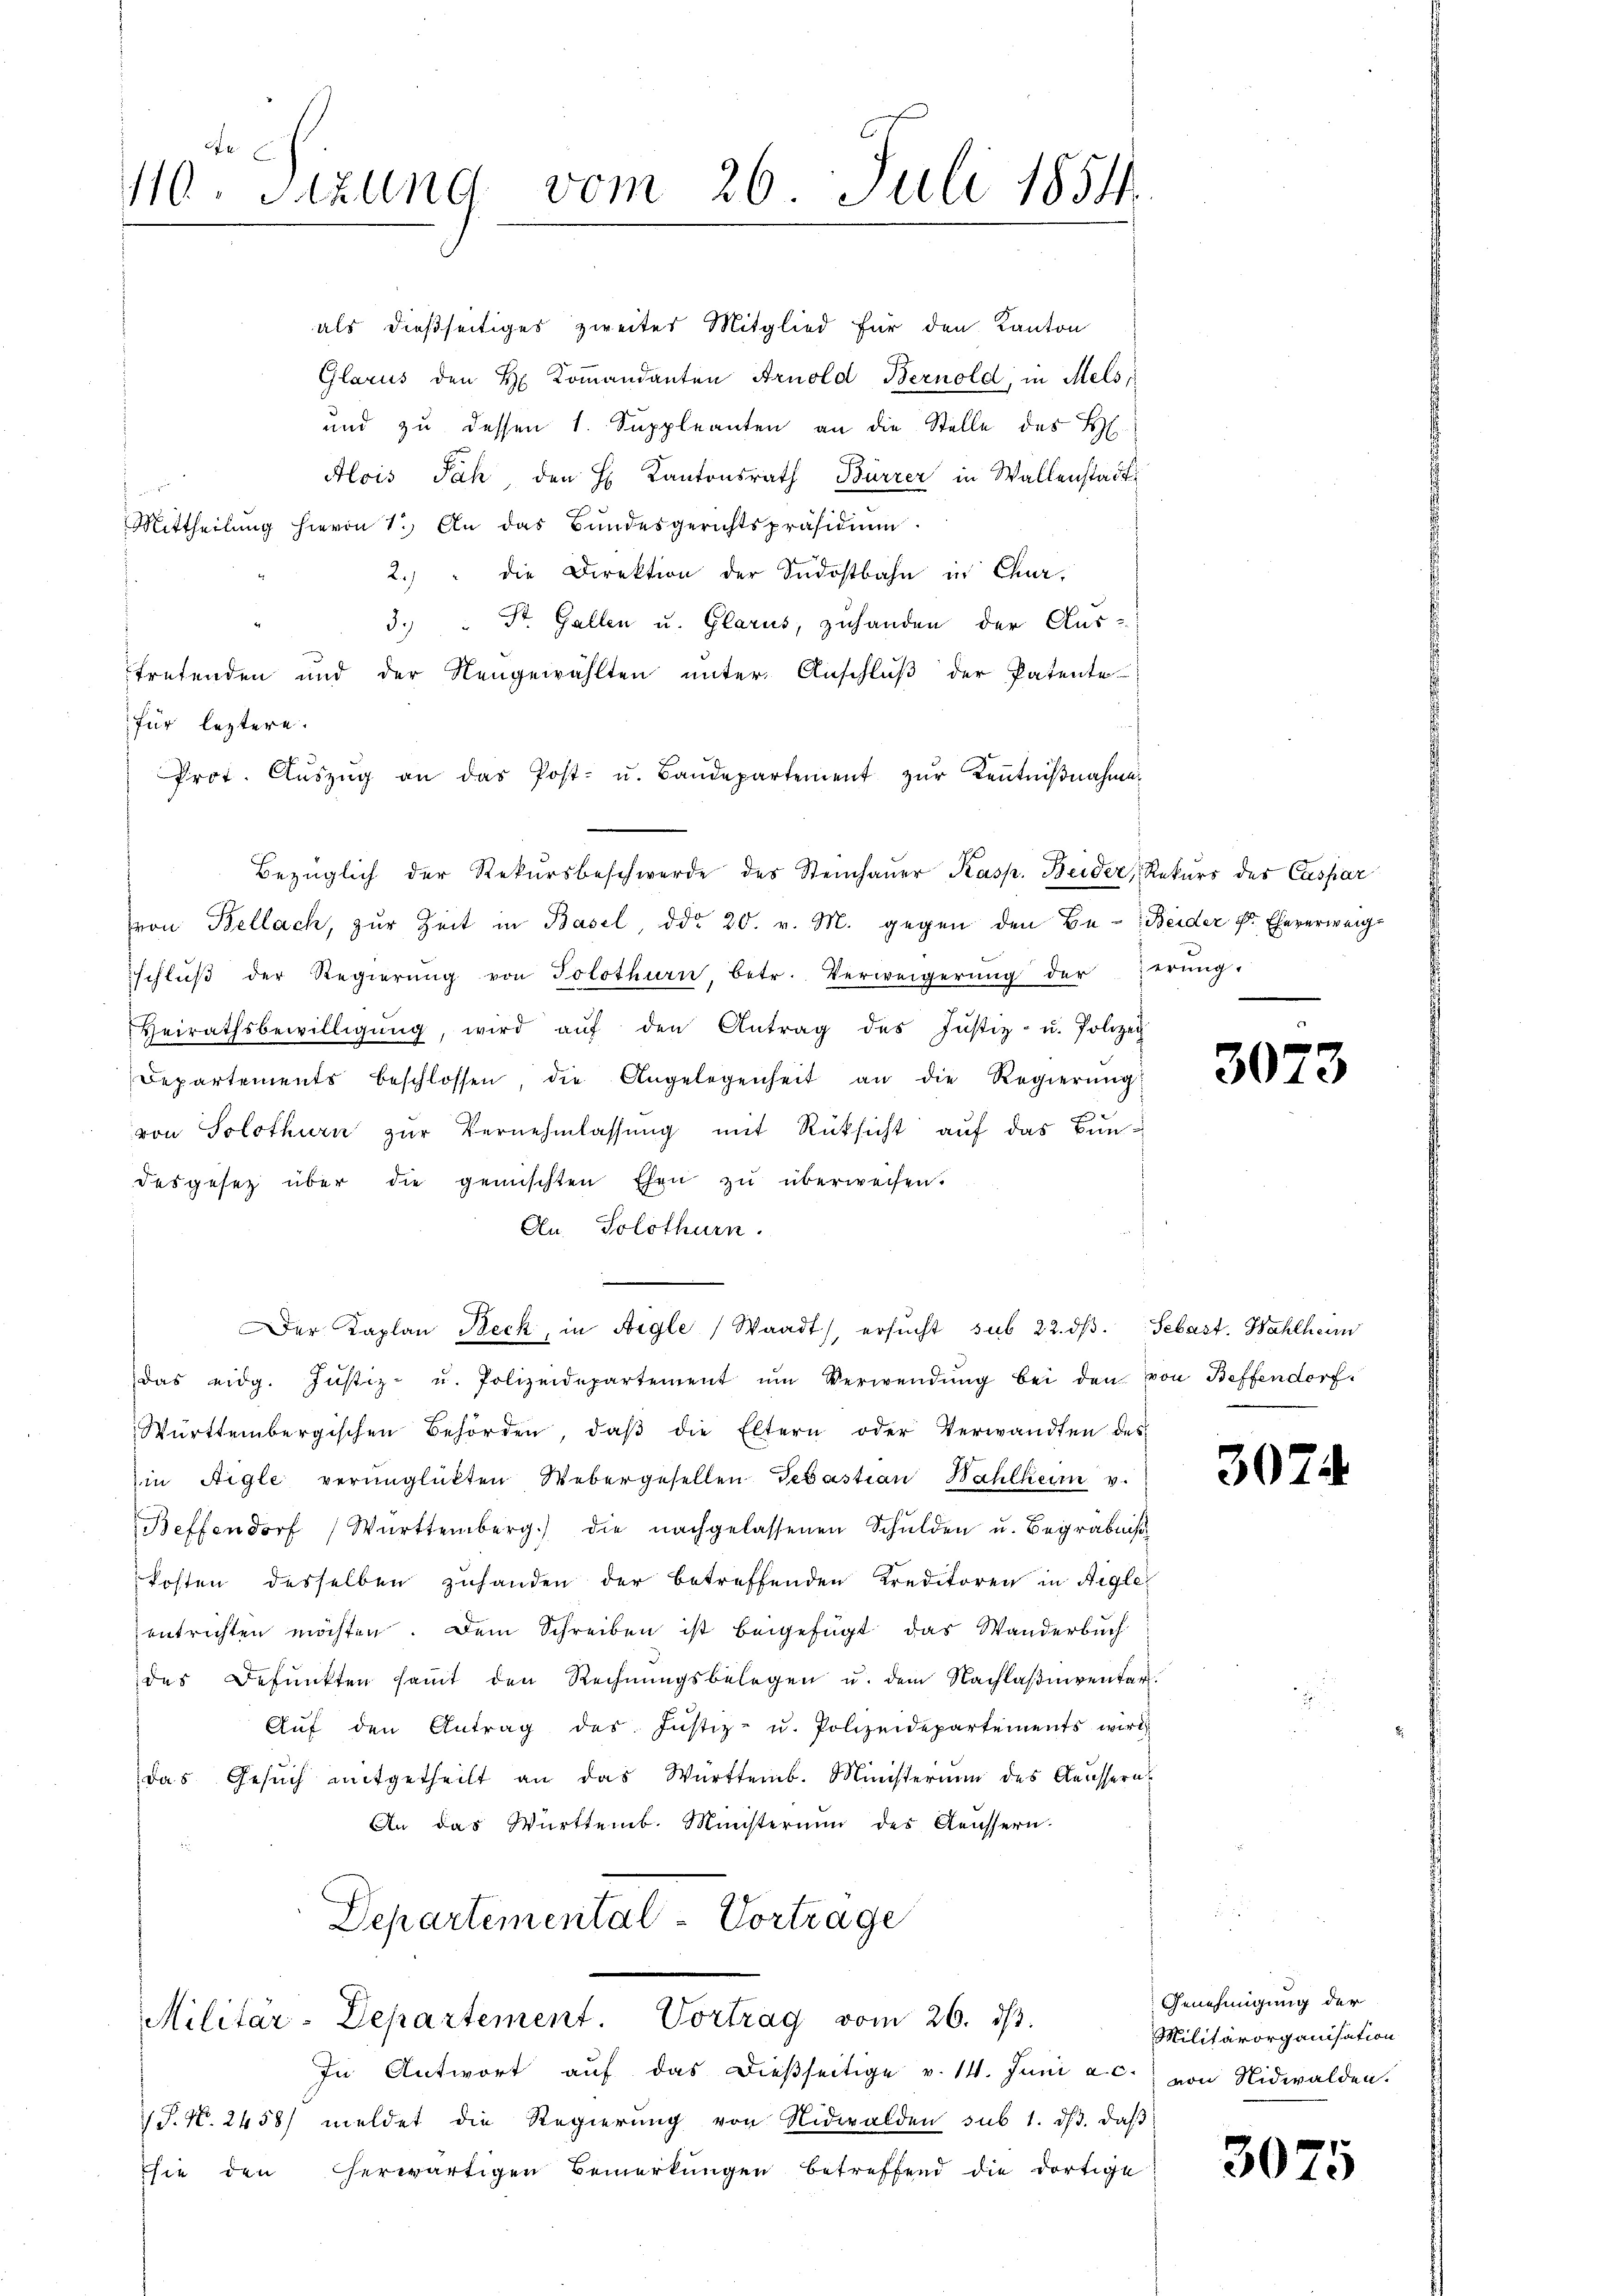
110. Sizung vom 26. Juli 1854.

als dießseitiges zweites Mitglied für den Kanton
Glarus den H: Kommandanten Arnold Bernold, in Mels,
und zu dessen 1. Suppleanten an die Stelle des H.
Alois Pah, den H. Kantonsrath Bürrer in Wallenstadt
Mittheilŭng hievon 1. An das Bundesgerichtspräsidiŭm
2.) " die Direktion der Südostbahn in Chur,
3. " Dr. Gallen u. Glarus, zuhanden der Aus-
tretenden und der Neugewählten unter Anschluß der Patente
für leztere.
Prot. Aŭszŭg an das Post- u. Bandepartement zŭr Kenntniβnahmen
Bezüglich der Rekŭrsbeschwerde des Steinhaŭer Kasp. Beider, Rekurs des Caspar
von Bellach, zur Zeit in Basel, ddo 20. v. M. gegen den Be- Beider Fr. Eheverweig-
schlŭβ der Regierŭng von Solothurn, betr. Verweigerŭng der Zerŭng-
Heirathsbewilligŭng, wird aŭf den Antrag des Justiz- u. Polizei
Departements beschlossen die Angelegenheit an die Regierŭng:
von Solothurn zur Vernehmlassung mit Rücksicht auf das Bundesgesetz über die gemischten Ehen zŭ überweisen.
An. Solothurn.
Der Kaplan Beck, in Aigle, Waadt) ersŭcht sub 22. dβ. Sebast. Wahlheim
das eidg. Jŭstiz- u. Polizeidepartement ŭm Verwendŭng bei den von Beffendorf.
Württembergischen Behörden, daβ die Eltern oder Verwandten des
in Aigle verunglückten Webergesellen Gebastian Wahlkamm v.
Beffendorf Württemberg) die nachgelassenen Schŭlden u. Begräbniβ
kosten desselben zuhanden der betreffenden Kreditoren in Aigle
entrichten möchten. Dem Schreiben ist beigefügt das Wanderbuch
des Befŭnkten saṁt den Rechnŭngsbelegen u. dem Nachlaβnventar.
Aŭf den Antrag des Jŭstiz- u. Polizeidepartements wird
das Gesŭch mitgetheilt an das Württemb. Ministerium des Aeussern
An das Württemb. Ministerium des Aeussern.
Departemental-Vortrage
Militär-Departement. Vortrag vom 26. dβ.
In Antwort auf das dießseitige v. 14. Juni a. c. von Nidwalden.
J. N. 2458/ meldet die Regierŭng von Nidwalden sub 1. dβ. daβ
sie den herwärtigen Bemerkungen betreffend die dortige

3073

3074

Genehmigung der
Militärorganisation

3075